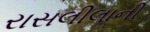
રાસલીલાની